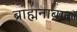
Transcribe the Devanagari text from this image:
ब्राह्मनाबाद